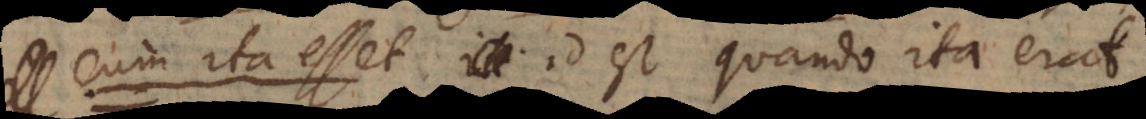
m ita esset, id est quando ita erat